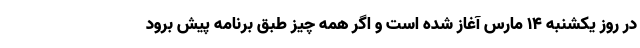
در روز یکشنبه ۱۴ مارس آغاز شده است و اگر همه‌ چیز طبق برنامه پیش برود